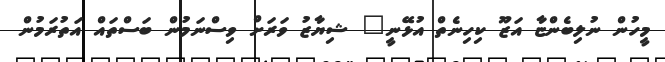
މީހުން ނުލިބެންޏާ އަޒޫ ކިހިނެތް އުޅޭނީ" ޝިޔާޒު ވަރަށް ވިސްނަމުން ބަސްތައް އަތުރަމުން